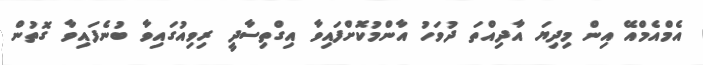
އެމްއެމްއޭ އިން މިދިޔަ އާދިއްތަ ދުވަހު އާންމުކޮށްފައިވާ އިގްތިސާދީ ރިވިއުގައިވާ ބުނެފައިވާ ގޮތުން